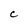
Character: C